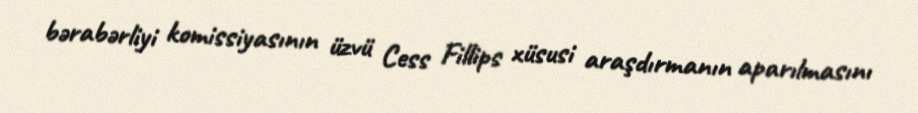
bərabərliyi komissiyasının üzvü Cess Fillips xüsusi araşdırmanın aparılmasını